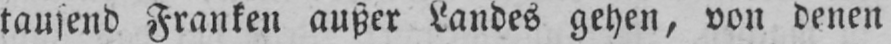
tausend Franken außer Landes gehen, von denen